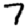
Digit: 7